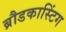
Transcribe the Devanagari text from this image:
ब्रौडकास्टिंग